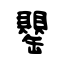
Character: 罌